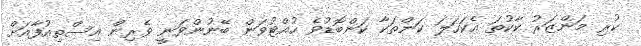
ކުރި މަންޒަރު ކާކުތަ އެކަހަލަ ކަންތަކާ ކަންބޮޑުވެ ހުއްޓުވަން ބޭނުންވަނީ ވެރިން އިސްތިއުފާއަށް